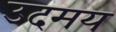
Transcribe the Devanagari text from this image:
उदमय